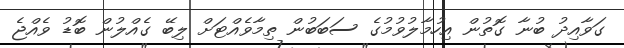
ގަވާއިދު ބުނާ ގޮތުން އިހުމާލުވުމުގެ ސަބަބުން ތިމާވެއްޓަށް ލިބޭ ގެއްލުން ބޮޑު ވެއްޖެ